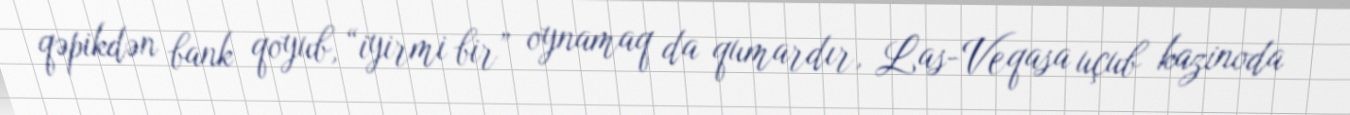
qəpikdən bank qoyub, “iyirmi bir” oynamaq da qumardır, Las-Veqasa uçub kazinoda